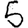
Digit: 5